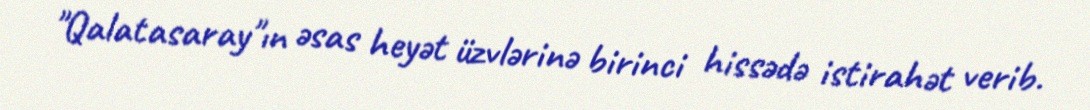
"Qalatasaray"ın əsas heyət üzvlərinə birinci hissədə istirahət verib.